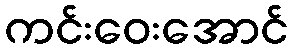
ကင်းဝေးအောင်